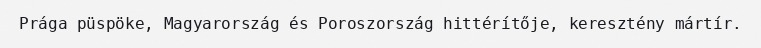
Prága püspöke, Magyarország és Poroszország hittérítője, keresztény mártír.